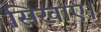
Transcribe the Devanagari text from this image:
सिखाए।